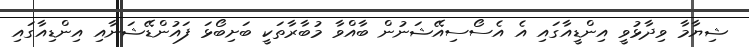
ޝިޔާމާ ވިދާޅުވީ އިންޑީއާގައި އެ އެސޯސިއޭޝަނުން ބާއްވާ މުބާރާތަކީ ބަށިބޯޅަ ފައުންޑޭޝަނާއި އިންޑިއާގައި